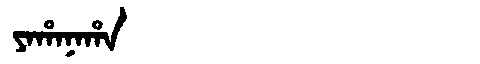
Manchu: ᠶᠠᡥᠠᠨᠠᡥᠠ
Romanization: YAHANAHA